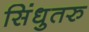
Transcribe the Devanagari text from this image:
सिंधुतरु